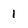
Character: 1